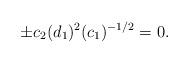
LaTeX: \begin{align*}\pm c_2(d_1)^2(c_1)^{-1/2}=0.\end{align*}